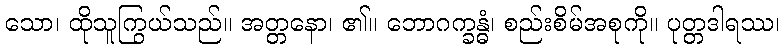
သော၊ ထိုသူကြွယ်သည်။ အတ္တနော၊ ၏။ ဘောဂက္ခန္ဓံ၊ စည်းစိမ်အစုကို။ ပုတ္တဒါရဿ၊